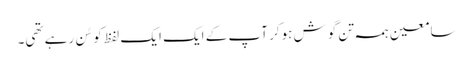
سامعین ہمہ تن گوش ہوکر آپ کے ایک ایک لفظ کو سُن رہے تھی۔